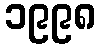
၁၉၉၈